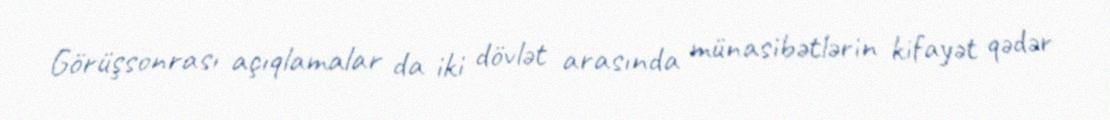
Görüşsonrası açıqlamalar da iki dövlət arasında münasibətlərin kifayət qədər